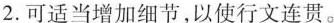
2.可适当增加细节，以使行文连贯。